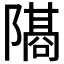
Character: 𫕕